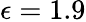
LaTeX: \epsilon=1.9